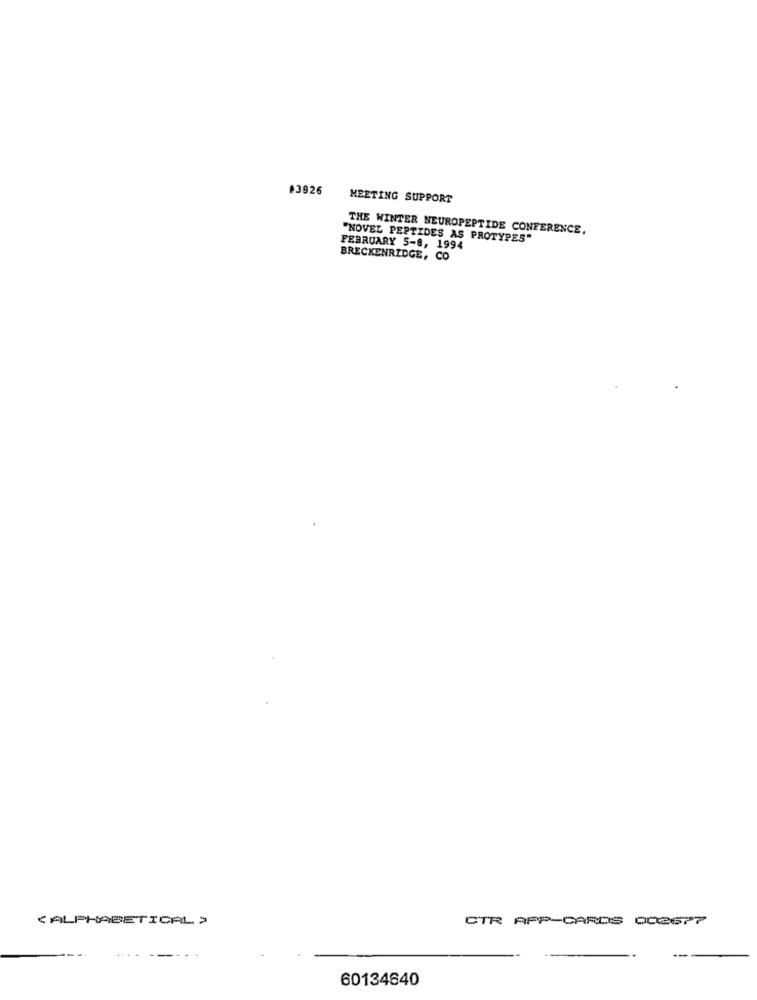
#3926
MEETING SUPPORT
THE WINTER NEUROPEPTIDE CONFERENCE.
"NOVEL PEPTIDES AS PROTYPES"
FEBRUARY 5-8, 1994
BRECKENRIDGE, CO
(ALPHABETICAL )
CTR APP-CARDS 002677
---
60134640